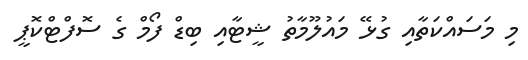
މި މަސައްކަތާއި ގުޅޭ މައުލޫމާތު ޝީޓާއި ބިޑް ފޯމް ގެ ސޮފްޓްކޮޕީ